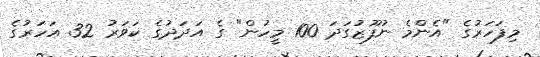
މިފަހަރުގެ "އެންމެ ނުފޫޒުގަދަ 100 މީހުން" ގެ އަދަދުގެ ކަވަރު 32 އަހަރުގެ